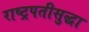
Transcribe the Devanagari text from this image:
राष्ट्रपतीसुद्धा